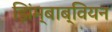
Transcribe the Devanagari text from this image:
झिंम्बाब्वियन